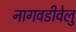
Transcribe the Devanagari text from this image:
नागवडीवेलु